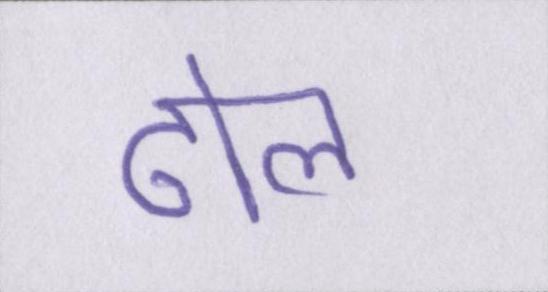
ढोल